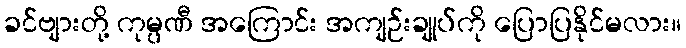
ခင်ဗျားတို့ ကုမ္ပဏီ အကြောင်း အကျဉ်းချုပ်ကို ပြောပြနိုင်မလား။